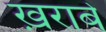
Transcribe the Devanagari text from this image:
ख़राबे